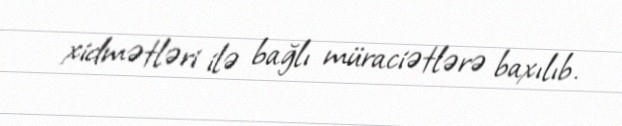
xidmətləri ilə bağlı müraciətlərə baxılıb.